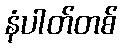
နံပါတ်တစ်